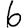
Digit: 6